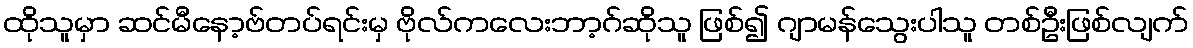
ထိုသူမှာ ဆင်မီနော့ဗ်တပ်ရင်းမှ ဗိုလ်ကလေးဘာ့ဂ်ဆိုသူ ဖြစ်၍ ဂျာမန်သွေးပါသူ တစ်ဦးဖြစ်လျက်